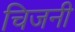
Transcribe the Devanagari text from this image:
चिजनी